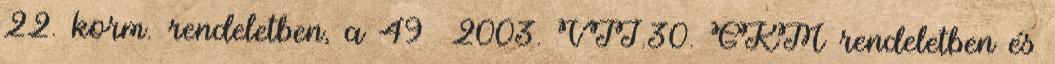
22. korm. rendeletben, a 49 2003. VII.30. GKM rendeletben és